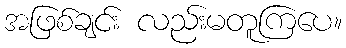
အဖြစ်ချင်း လည်းမတူကြပေ။